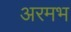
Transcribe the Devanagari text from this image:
अरमभ